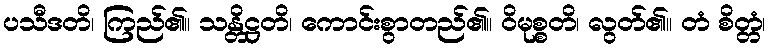
ပသီဒတိ၊ ကြည်၏။ သန္တိဋ္ဌတိ၊ ကောင်းစွာတည်၏။ ဝိမုစ္စတိ၊ လွတ်၏။ တံ စိတ္တံ၊